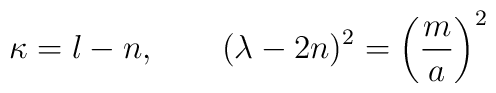
\kappa = l-n, \qquad(\lambda-2n)^2 = \left( {m \over a} \right)^2